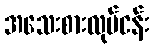
အသေးစားလုပ်ငန်း